Civil Veterinary Department ledger series I-VI
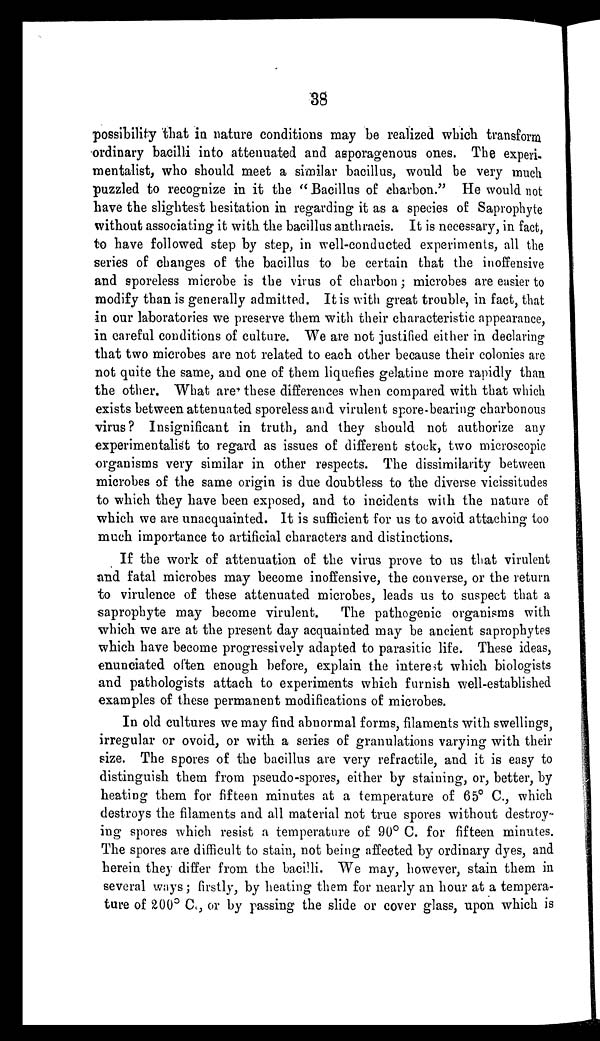
38
possibility that in nature conditions may be realized which transform
ordinary bacilli into attenuated and asporagenous ones. The experi-
mentalist, who should meet a similar bacillus, would be very much
puzzled to recognize in it the " Bacillus of charbon." He would not
have the slightest hesitation in regarding it as a species of Saprophyte
without associating it with the bacillus anthracis. It is necessary, in fact,
to have followed step by step, in well-conducted experiments, all the
series of changes of the bacillus to be certain that the inoffensive
and sporeless microbe is the virus of charbon ; microbes are easier to
modify than is generally admitted. It is with great trouble, in fact, that
in our laboratories we preserve them with their characteristic appearance,
in careful conditions of culture. We are not justified either in declaring
that two microbes are not related to each other because their colonies are
not quite the same, and one of them liquefies gelatine more rapidly than
the other. What are these differences when compared with that which
exists between attenuated sporeless and virulent spore-bearing charbonous
virus? Insignificant in truth, and they should not authorize any
experimentalist to regard as issues of different stock, two microscopic
organisms very similar in other respects. The dissimilarity between
microbes of the same origin is due doubtless to the diverse vicissitudes
to which they have been exposed, and to incidents with the nature of
which we are unacquainted. It is sufficient for us to avoid attaching too
much importance to artificial characters and distinctions.
If the work of attenuation of the virus prove to us that virulent
and fatal microbes may become inoffensive, the converse, or the return
to virulence of these attenuated microbes, leads us to suspect that a
saprophyte may become virulent.
The pathogenic organisms with
which we are at the present day acquainted may be ancient saprophytes
which have become progressively adapted to parasitic life. These ideas,
enunciated often enough before, explain the interest which biologists
and pathologists attach to experiments which furnish well-established
examples of these permanent modifications of microbes.
In old cultures we may find abnormal forms, filaments with swellings,
irregular or ovoid, or with a series of granulations varying with their
size. The spores of the bacillus are very refractile, and it is easy to
distinguish them from pseudo-spores, either by staining, or, better, by
heating them for fifteen minutes at a temperature of 65° C., which
destroys the filaments and all material not true spores without destroy-
ing spores which resist a temperature of 90° C. for fifteen minutes.
The spores are difficult to stain, not being affected by ordinary dyes, and
herein they differ from the bacilli. We may, however, stain them in
several ways; firstly, by heating them for nearly an hour at a tempera-
ture of 200° C., or by passing the slide or cover glass, upon which is